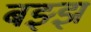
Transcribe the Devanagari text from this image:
बझ्झ